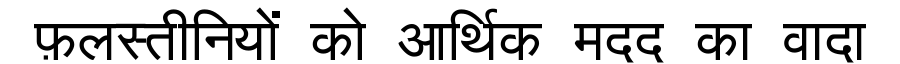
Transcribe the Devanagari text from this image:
फ़लस्तीनियों को आर्थिक मदद का वादा